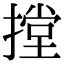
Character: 摚